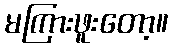
မကြားဖူးတော့။